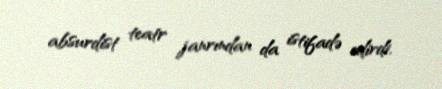
absurdist teatr janrından da istifadə edirdi.